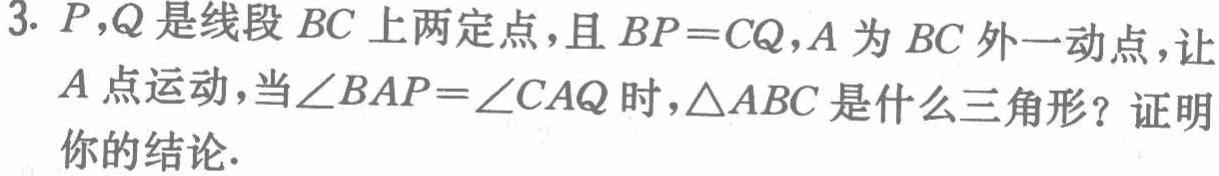
3. \(P,Q\)是线段 \(BC\)上两定点，且 \(BP = CQ\)，\(A\)为 \(BC\)外一动点，让 \(A\)点运动，当\(\angle BAP=\angle CAQ\)时，\(\triangle ABC\)是什么三角形？证明你的结论.